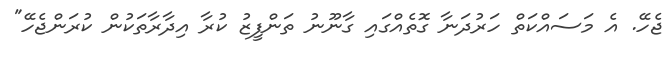
ޖެހޭ. އެ މަސައްކަތް ހަރުދަނާ ގޮތެއްގައި ގާނޫނު ތަންފީޒު ކުރާ އިދާރާތަކުން ކުރަންޖެހޭ"